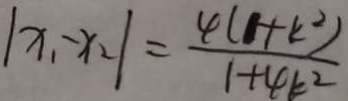
\vert x _ { 1 } - x _ { 2 } \vert = \frac { 4 ( 1 + k ^ { 2 } ) } { 1 + 4 k ^ { 2 } }